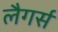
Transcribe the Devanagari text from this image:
लैगर्स